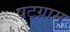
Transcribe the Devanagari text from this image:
षटग्राम